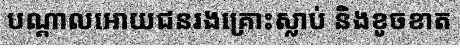
បណ្តាលអោយជនរងគ្រោះស្លាប់ និងខូចខាត